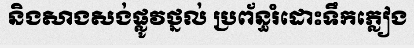
និងសាងសង់ផ្លូវថ្នល់ ប្រព័ន្ធរំដោះទឹកភ្លៀង